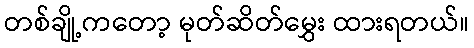
တစ်ချို့ကတော့ မုတ်ဆိတ်မွှေး ထားရတယ်။